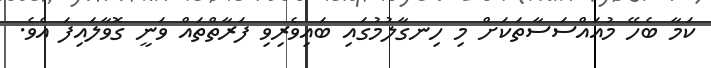
ކަމާ ބެހޭ މުއައްސަސާތަކަށް މި ހިނގާލުމުގައި ބައިވެރިވި ފަރާތްތައް ވަނީ ގޮވާލައިފަ އެވެ.